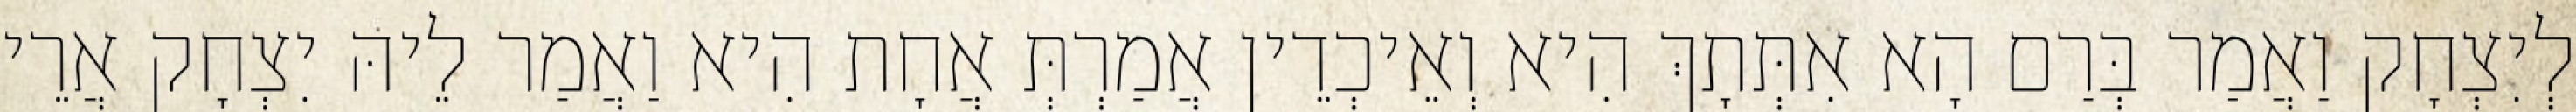
לְיִצְחָק וַאֲמַר בְּרַם הָא אִתְּתָךְ הִיא וְאֵיכְדֵין אֲמַרְתְּ אֲחָת הִיא וַאֲמַר לֵיהּ יִצְחָק אֲרֵי